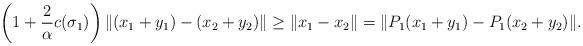
LaTeX: \begin{align*} \left(1+\frac{2}{\alpha}c(\sigma_1)\right)\|(x_1+y_1)-(x_2+y_2)\|\ge\|x_1-x_2\|=\|P_1(x_1+y_1) -P_1(x_2+y_2)\|. \end{align*}